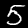
Label: 5